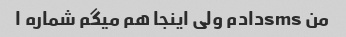
من smsدادم ولی اینجا هم میگم شماره ۱